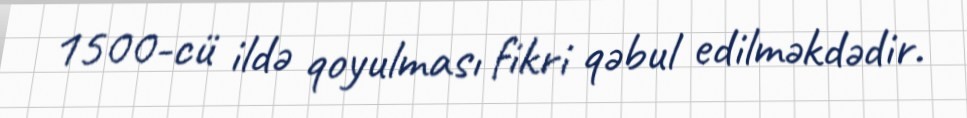
1500-cü ildə qoyulması fikri qəbul edilməkdədir.